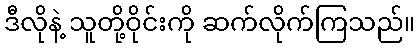
ဒီလိုနဲ့ သူတို့ဝိုင်းကို ဆက်လိုက်ကြသည်။